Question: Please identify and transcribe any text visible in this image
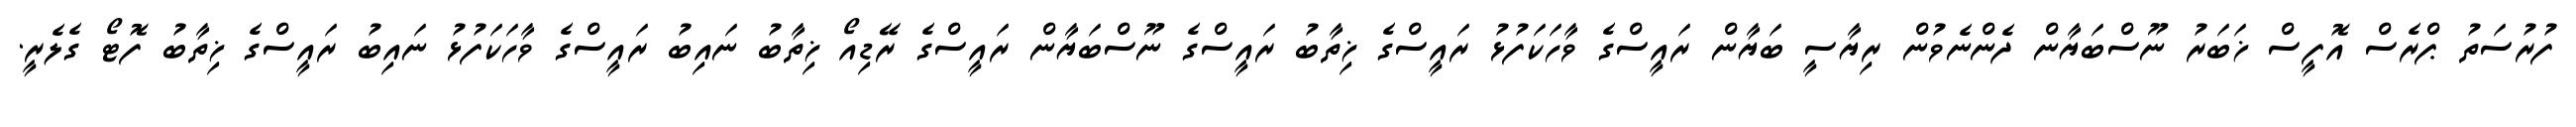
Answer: ފުރުސަތު ޕްރެސް އޮފީސް ޚަބަރު ނޫސްބަޔާން ދެންނެވުން ރިޔާސީ ބަޔާން ރައީސްގެ ވާހަކަފުޅު ރައީސްގެ ޚިތާބު ރައީސްގެ ނޫސްބަޔާން ރައީސްގެ ރޭޑިއޯ ޚިތާބު ނައިބު ރައީސްގެ ވާހަކަފުޅު ނައިބު ރައީސްގެ ޚިތާބު ފޮޓޯ ގެލެރީ.